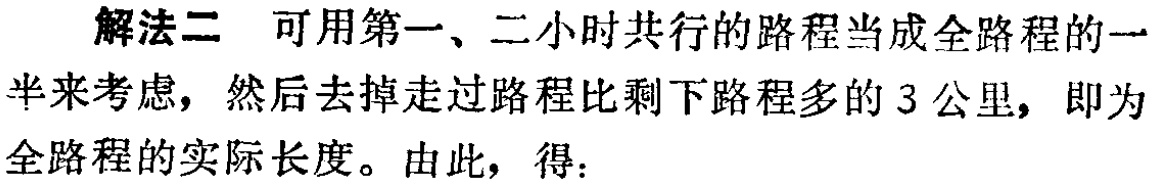
解法二 可用第一、二小时共行的路程当成全路程的一
半来考虑，然后去掉走过路程比剩下路程多的3公里，即为
全路程的实际长度。由此，得：